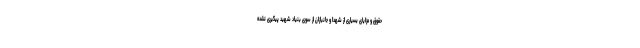
حقوق و مزایای بسیاری از شهدا و جانبازان از سوی بنیاد شهید پیگیری نشده